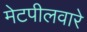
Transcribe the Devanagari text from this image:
मेटपीलवारे